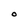
Character: O